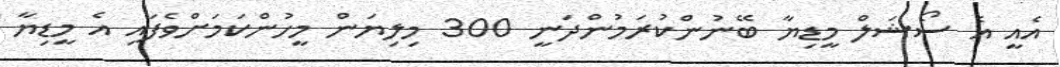
އެއީ އެ ސޯޝަލް މީޑިޔާ ބޭނުންކުރަމުންދަނީ 300 މިލިޔަން މީހުންކަމަށްވެފައި އެ މީޑިޔާ